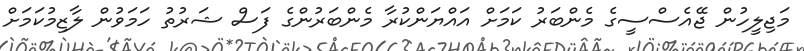
މަޖިލީހުން ޖޭއެސްސީގެ މެންބަރު ކަމަށް އައްޔަންކުރާ މެންބަރުންގެ ފަސް ޝަރުތު ހަމަވުން ލާޒިމުކަމަށް